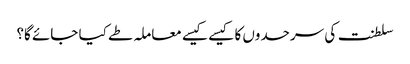
سلطنت کی سرحدوں کا کیسے کیسے معاملہ طے کیا جائے گا؟